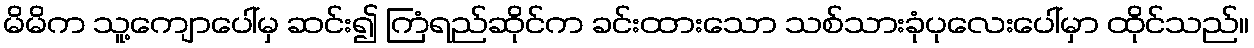
မိမိက သူ့ကျောပေါ်မှ ဆင်း၍ ကြံရည်ဆိုင်က ခင်းထားသော သစ်သားခုံပုလေးပေါ်မှာ ထိုင်သည်။